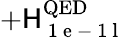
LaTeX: +\mathsf{H}_{\mathrm{{~1~e~-~1~l~}}}^{\mathrm{{QED}}}